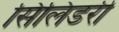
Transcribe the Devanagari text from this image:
सिलिंडरी